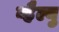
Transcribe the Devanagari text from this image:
व्हैल्यु